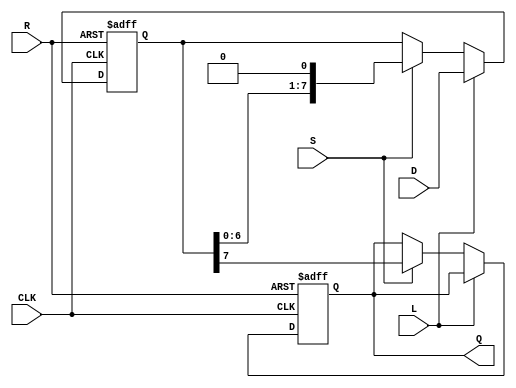
module PISO_Register (
    input [7:0] D,    // 8-bit input data bus
    input L,          // Load control signal
    input S,          // Shift control signal
    input CLK,        // Clock signal
    input R,          // Asynchronous reset signal
    output reg Q      // Serial output
);

    reg [7:0] shift_reg; // Internal register to hold the data

    always @(posedge CLK or posedge R) begin
        if (R) begin
            // Asynchronous reset
            shift_reg <= 8'b00000000; // Clear register
            Q <= 1'b0;                // Clear output
        end else begin
            if (L) begin
                // Loading data into the shift register
                shift_reg <= D;
            end else if (S) begin
                // Shifting data out serially
                Q <= shift_reg[7];      // Output the MSB
                shift_reg <= {shift_reg[6:0], 1'b0}; // Shift right
            end
        end
    end

endmodule